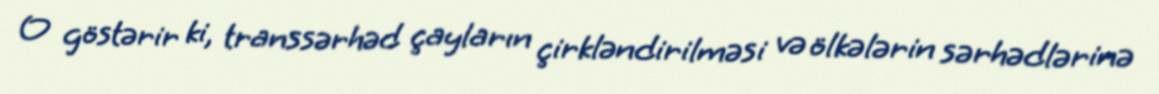
O göstərir ki, transsərhəd çayların çirkləndirilməsi və ölkələrin sərhədlərinə